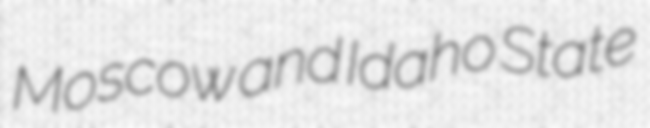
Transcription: Moscow and Idaho State